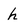
Character: h